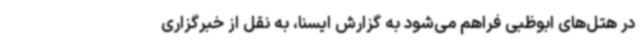
در هتل‌های ابوظبی فراهم می‌شود به گزارش ایسنا، به نقل از خبرگزاری